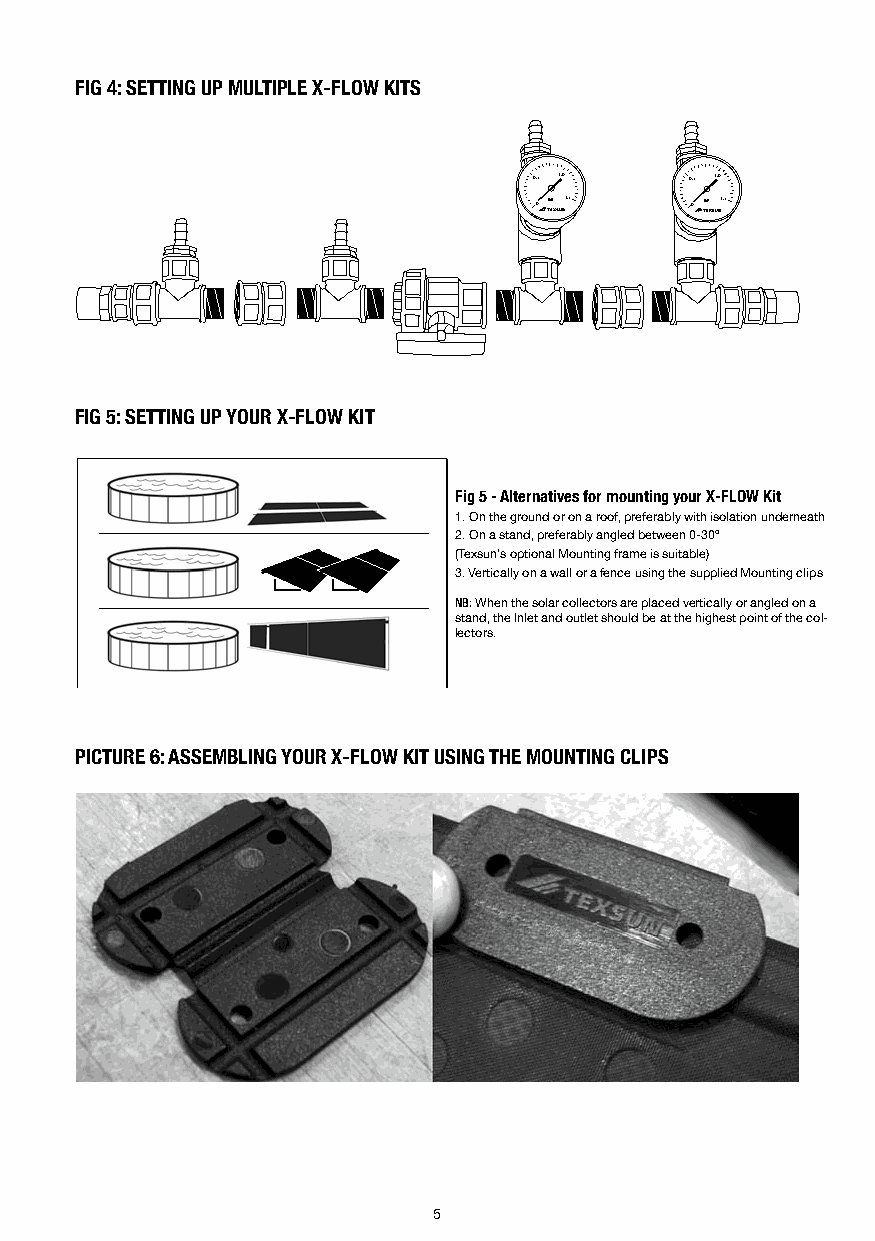
FIG 4: SETTING UP MULTIPLE X-FLOW KITS
 0,5 1,0    0,5 1,0
 0 1,5      0 1,5
 FIG 5: SETTING UP YOUR X-FLOW KIT
 Fig 5 - Alternatives for mounting your X-FLOW Kit
 1. On the ground or on a roof, preferably with isolation underneath
 2. On a stand, preferably angled between 0-30º
 (Texsun’s optional Mounting frame is suitable)
 3. Vertically on a wall or a fence using the supplied Mounting clips
 NB: When the solar collectors are placed vertically or angled on a
 stand, the Inlet and outlet should be at the highest point of the col-
 lectors.
 PICTURE 6: ASSEMBLING YOUR X-FLOW KIT USING THE MOUNTING CLIPS
 5